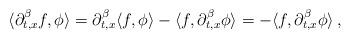
LaTeX: \begin{align*}\begin{aligned}\langle \partial_{t,x}^\beta f , \phi \rangle = \partial_{t,x}^\beta \langle f , \phi \rangle - \langle f , \partial_{t,x}^\beta \phi \rangle = - \langle f , \partial_{t,x}^\beta \phi \rangle \,,\end{aligned}\end{align*}